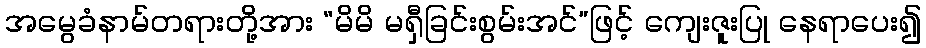
အမွေခံနာမ်တရားတို့အား “မိမိ မရှီခြင်းစွမ်းအင်”ဖြင့် ကျေးဇူးပြု နေရာပေး၍